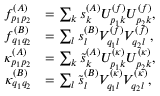
\begin{array} { r l } { f _ { p _ { 1 } p _ { 2 } } ^ { ( A ) } } & { = \sum _ { k } s _ { k } ^ { ( A ) } U _ { p _ { 1 } k } ^ { ( f ) } U _ { p _ { 2 } k } ^ { ( f ) } , } \\ { f _ { q _ { 1 } q _ { 2 } } ^ { ( B ) } } & { = \sum _ { l } s _ { l } ^ { ( B ) } V _ { q _ { 1 } l } ^ { ( f ) } V _ { q _ { 2 } l } ^ { ( f ) } , } \\ { \kappa _ { p _ { 1 } p _ { 2 } } ^ { ( A ) } } & { = \sum _ { k } \tilde { s } _ { k } ^ { ( A ) } { U } _ { p _ { 1 } k } ^ { ( \kappa ) } { U } _ { p _ { 2 } k } ^ { ( \kappa ) } , } \\ { \kappa _ { q _ { 1 } q _ { 2 } } ^ { ( B ) } } & { = \sum _ { l } \tilde { s } _ { l } ^ { ( B ) } { V } _ { q _ { 1 } l } ^ { ( \kappa ) } { V } _ { q _ { 2 } l } ^ { ( \kappa ) } , } \end{array}